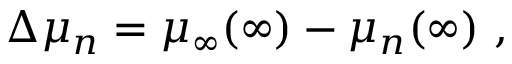
\Delta \mu _ { n } = \mu _ { \infty } ( \infty ) - \mu _ { n } ( \infty ) \ ,